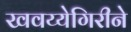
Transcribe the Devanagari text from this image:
खवय्येगिरीने